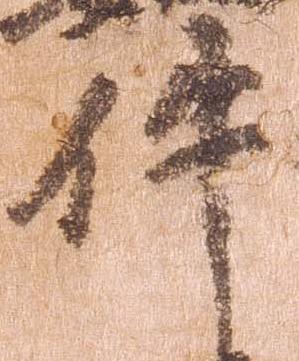
件